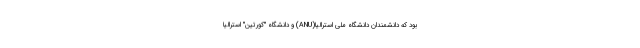
بود که دانشمندان دانشگاه ملی استرالیا(ANU) و دانشگاه "کورتین" استرالیا